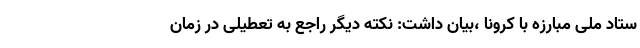
ستاد ملی مبارزه با کرونا ،بیان داشت: نکته دیگر راجع به تعطیلی در زمان